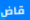
قاض